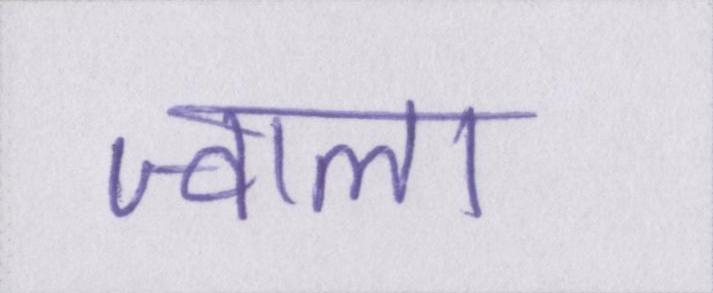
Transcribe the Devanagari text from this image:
ज्वाला